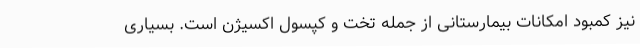
نیز کمبود امکانات بیمارستانی از جمله تخت و کپسول اکسیژن است. بسیاری